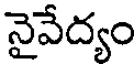
నైవేద్యం